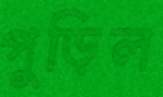
পুড়িল